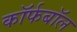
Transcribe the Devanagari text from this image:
कॉर्फबॉल